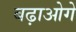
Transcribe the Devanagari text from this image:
बढ़ाओगे